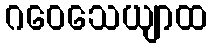
ဂဝေသေယျာထ